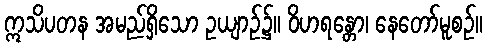
ဣသိပတန အမည်ရှိသော ဥယျာဉ်၌။ ဝိဟရန္တော၊ နေတော်မူစဉ်။